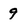
Character: 9